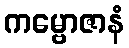
ကမ္ဗောဇာနံ